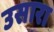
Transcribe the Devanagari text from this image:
उसारा